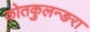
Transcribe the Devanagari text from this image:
कोतकुलन्ङरा